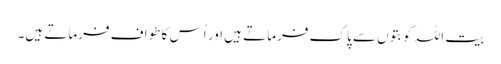
بیت اللہ کو بتوں سے پاک فرماتے ہیں اور اُس کا طواف فرماتے ہیں۔